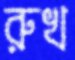
রুখ